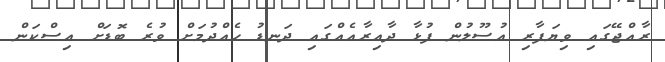
ރާއްޖޭގައި ވިޔަފާރި އުސޫލުން ފުޅާ ދާއިރާއެއްގައި ދަަނޑު ހެއްދުމަަށް ވުރެ ބޮޑަށް އިސްކަން